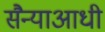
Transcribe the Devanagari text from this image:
सैन्याआधी